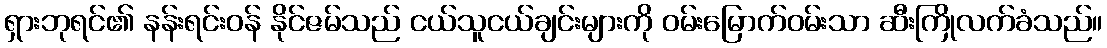
ရှားဘုရင်၏ နန်းရင်းဝန် နိုင်ဇမ်သည် ငယ်သူငယ်ချင်းများကို ဝမ်းမြောက်ဝမ်းသာ ဆီးကြိုလက်ခံသည်။